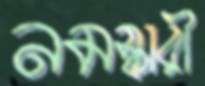
নমস্কারী